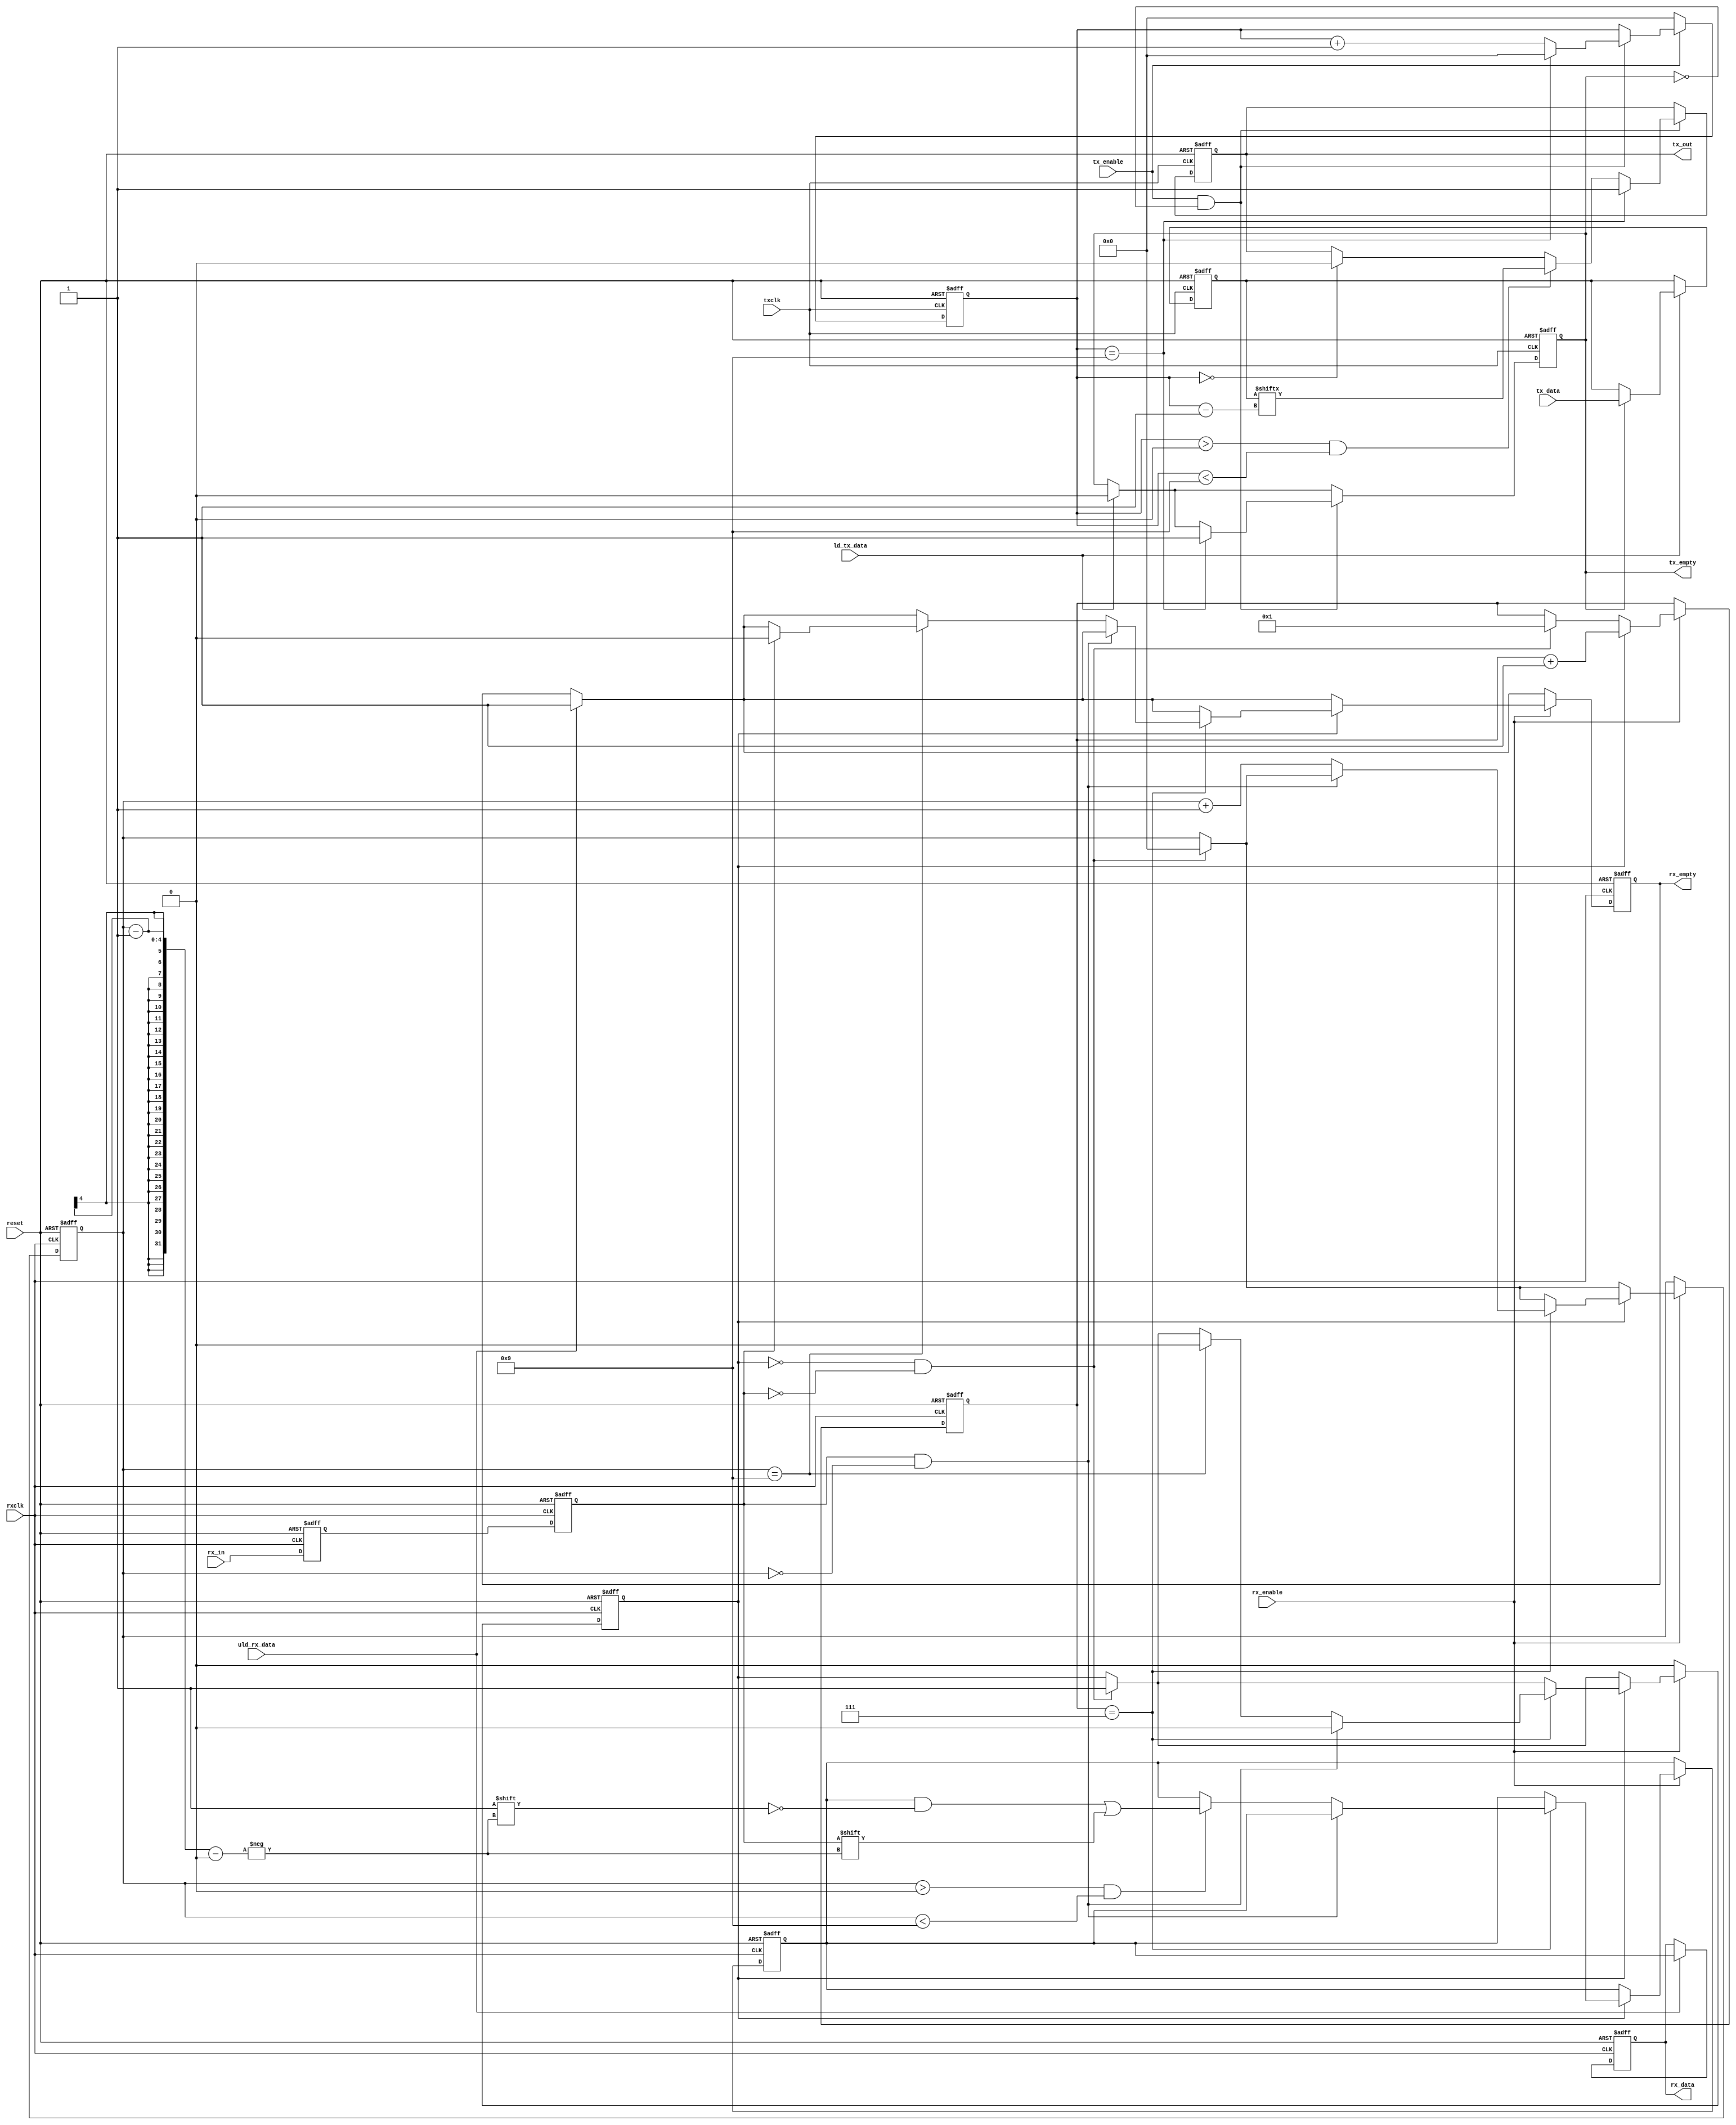
module uart_43 (
reset          ,
txclk          ,
ld_tx_data     ,
tx_data        ,
tx_enable      ,
tx_out         ,
tx_empty       ,
rxclk          ,
uld_rx_data    ,
rx_data        ,
rx_enable      ,
rx_in          ,
rx_empty
);
input        reset          ;
input        txclk          ;
input        ld_tx_data     ;
input  [7:0] tx_data        ;
input        tx_enable      ;
output       tx_out         ;
output       tx_empty       ;
input        rxclk          ;
input        uld_rx_data    ;
output [7:0] rx_data        ;
input        rx_enable      ;
input        rx_in          ;
output       rx_empty       ;
reg [7:0]    tx_reg         ;
reg          tx_empty       ;
reg          tx_over_run    ;
reg [3:0]    tx_cnt         ;
reg          tx_out         ;
reg [7:0]    rx_reg         ;
reg [7:0]    rx_data        ;
reg [3:0]    rx_sample_cnt  ;
reg [3:0]    rx_cnt         ;  
reg          rx_frame_err   ;
reg          rx_over_run    ;
reg          rx_empty       ;
reg          rx_d1          ;
reg          rx_d2          ;
reg          rx_busy        ;
always @ (posedge rxclk or posedge reset)
if (reset) begin
  rx_reg        <= 0; 
  rx_data       <= 0;
  rx_sample_cnt <= 0;
  rx_cnt        <= 0;
  rx_frame_err  <= 0;
  rx_over_run   <= 0;
  rx_empty      <= 1;
  rx_d1         <= 1;
  rx_d2         <= 1;
  rx_busy       <= 0;
end else begin
  rx_d1 <= rx_in;
  rx_d2 <= rx_d1;
  if (uld_rx_data) begin
    rx_data  <= rx_reg;
    rx_empty <= 1;
  end
  if (rx_enable) begin
    if (!rx_busy && !rx_d2) begin
      rx_busy       <= 1;
      rx_sample_cnt <= 1;
      rx_cnt        <= 0;
    end
    if (rx_busy) begin
       rx_sample_cnt <= rx_sample_cnt + 1;
       if (rx_sample_cnt == 7) begin
          if ((rx_d2 == 1) && (rx_cnt == 0)) begin
            rx_busy <= 0;
          end else begin
            rx_cnt <= rx_cnt + 1; 
            if (rx_cnt > 0 && rx_cnt < 9) begin
              rx_reg[rx_cnt - 1] <= rx_d2;
            end
            if (rx_cnt == 9) begin
               rx_busy <= 0;
               if (rx_d2 == 0) begin
                 rx_frame_err <= 1;
               end else begin
                 rx_empty     <= 0;
                 rx_frame_err <= 0;
                 rx_over_run  <= (rx_empty) ? 0 : 1;
               end
            end
          end
       end 
    end 
  end
  if (!rx_enable) begin
    rx_busy <= 0;
  end
end
always @ (posedge txclk or posedge reset)
if (reset) begin
  tx_reg        <= 0;
  tx_empty      <= 1;
  tx_over_run   <= 0;
  tx_out        <= 1;
  tx_cnt        <= 0;
end else begin
   if (ld_tx_data) begin
      if (!tx_empty) begin
        tx_over_run <= 0;
      end else begin
        tx_reg   <= tx_data;
        tx_empty <= 0;
      end
   end
   if (tx_enable && !tx_empty) begin
     tx_cnt <= tx_cnt + 1;
     if (tx_cnt == 0) begin
       tx_out <= 0;
     end
     if (tx_cnt > 0 && tx_cnt < 9) begin
        tx_out <= tx_reg[tx_cnt -1];
     end
     if (tx_cnt == 9) begin
       tx_out <= 1;
       tx_cnt <= 0;
       tx_empty <= 1;
     end
   end
   if (!tx_enable) begin
     tx_cnt <= 0;
   end
end
endmodule